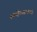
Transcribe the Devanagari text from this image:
साहित्यसम्बन्धी